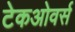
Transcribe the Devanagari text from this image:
टेकओवर्स